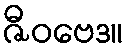
ဇီဝဗေဒ။